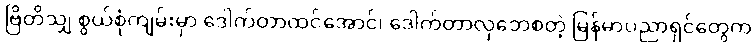
ဗြိတိသျှ စွယ်စုံကျမ်းမှာ ဒေါက်တာထင်အောင်၊ ဒေါက်တာလှဘေစတဲ့ မြန်မာပညာရှင်တွေက